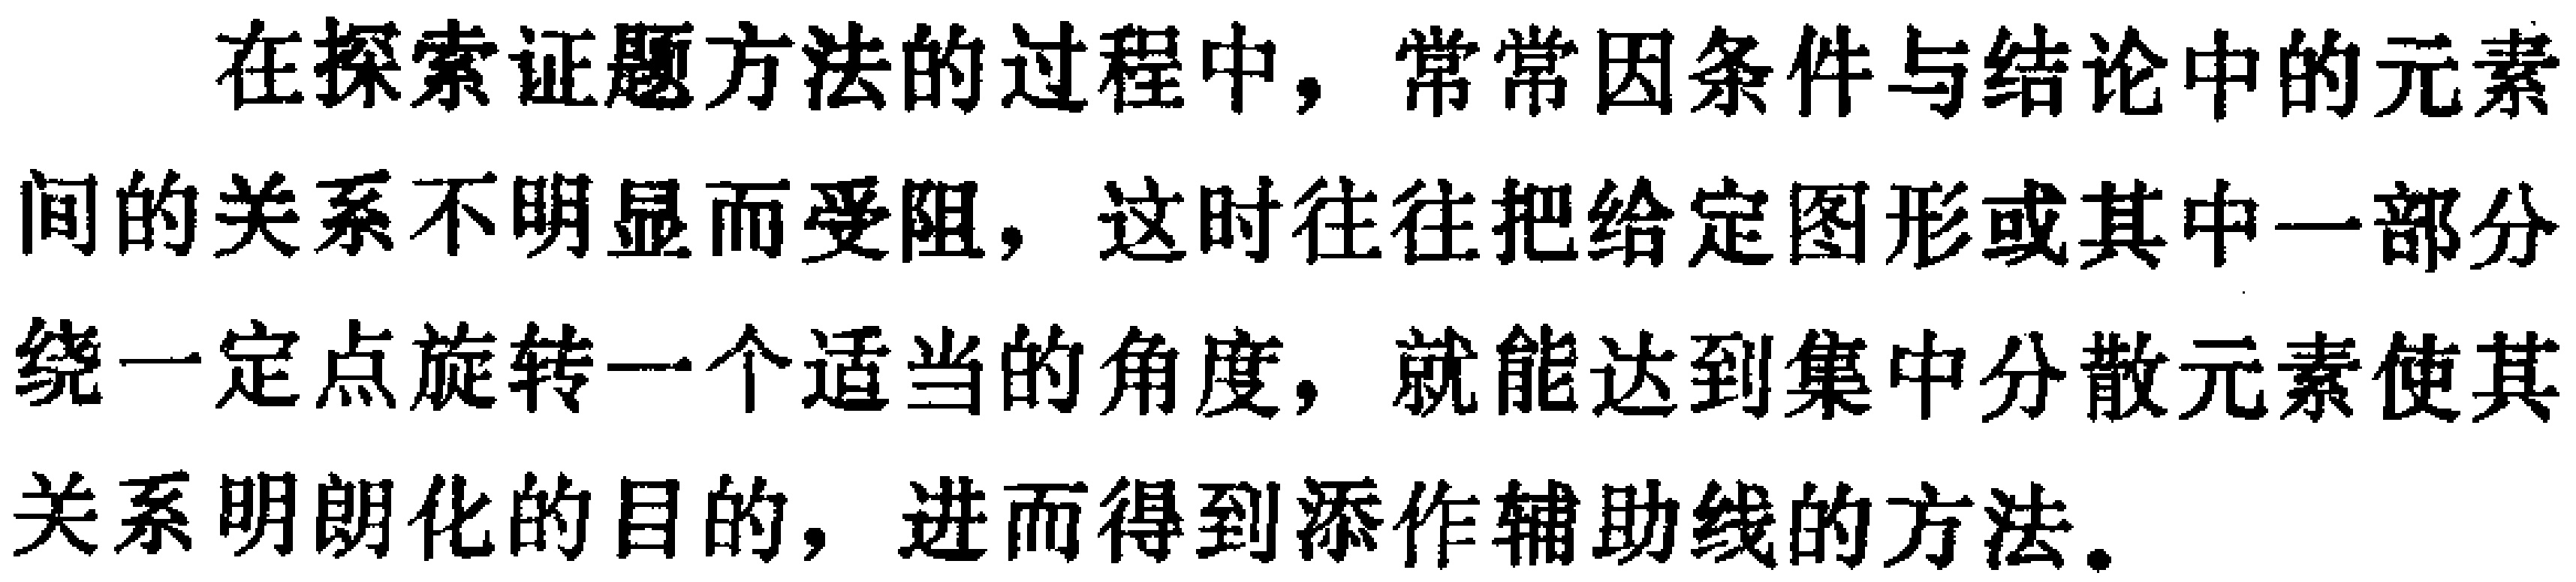
在探索证题方法的过程中，常常因条件与结论中的元素
间的关系不明显而受阻，这时往往把给定图形或其中一部分
绕一定点旋转一个适当的角度，就能达到集中分散元素使其
关系明朗化的目的，进而得到添作辅助线的方法。